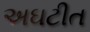
અઘટીત